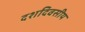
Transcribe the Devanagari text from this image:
दशदिवसीय